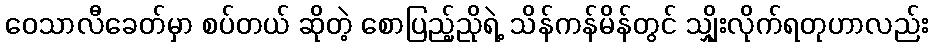
ဝေသာလီခေတ်မှာ စပ်တယ် ဆိုတဲ့ စောပြည့်ညိုရဲ့ သိန်ကန်မိန်တွင် သျှိုးလိုက်ရတုဟာလည်း